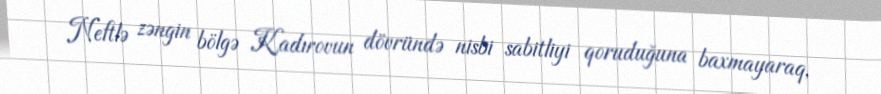
Neftlə zəngin bölgə Kadırovun dövründə nisbi sabitliyi qoruduğuna baxmayaraq,